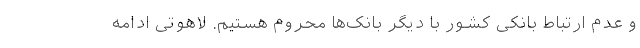
و عدم ارتباط بانکی کشور با دیگر بانک‌ها محروم هستیم. لاهوتی ادامه